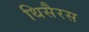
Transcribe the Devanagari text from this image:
थिसैरस